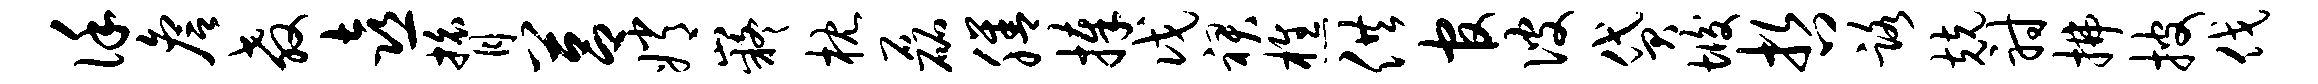
谨詹教喜膂莒嫦嶷枕磊膳捧戊裙樵供官彼贷垢哲路兢射拂披伐